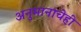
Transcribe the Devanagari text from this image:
अनुमानाचेही